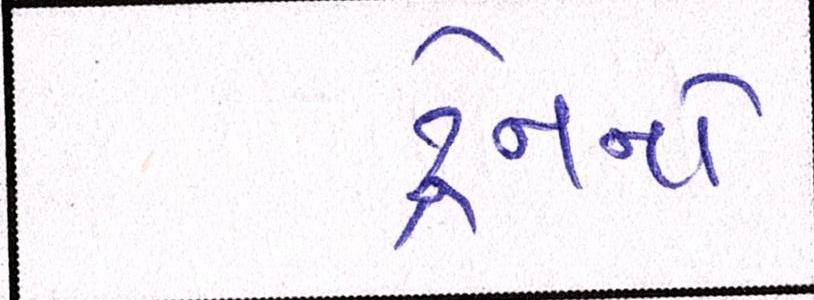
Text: ટ્રેનનો